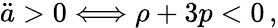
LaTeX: \ddot{a}>0\Longleftrightarrow\rho+3p<0\, ,